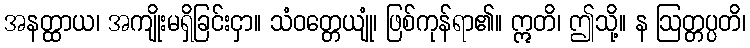
အနတ္ထာယ၊ အကျိုးမရှိခြင်းငှာ။ သံဝတ္တေယျုံ၊ ဖြစ်ကုန်ရာ၏။ ဣတိ၊ ဤသို့။ န ဩတ္တပ္ပတိ၊